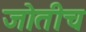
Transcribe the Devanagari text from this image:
जोतीच